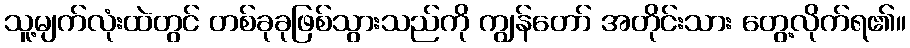
သူ့မျက်လုံးထဲတွင် တစ်ခုခုဖြစ်သွားသည်ကို ကျွန်တော် အတိုင်းသား တွေ့လိုက်ရ၏။